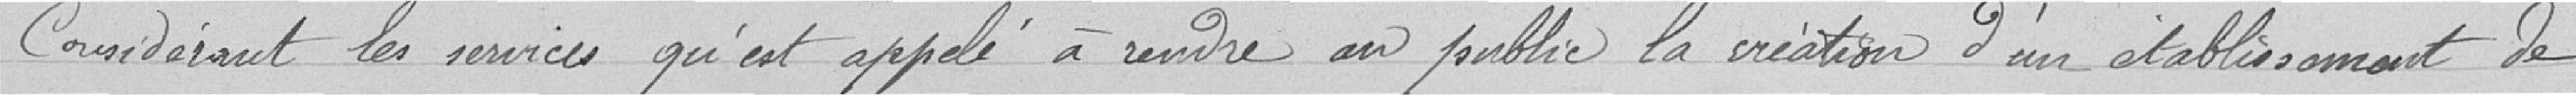
Considérant les services qu'est appelé à rendre au public la création d'un établissement de